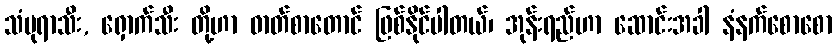
သံပုရာသီး, ရှောက်သီး တို့ဟာ ဓာတ်စာတောင် ဖြစ်နိုင်ပါတယ်၊ အုန်းရည်ဟာ ဆောင်းအခါ နံနက်စောစော